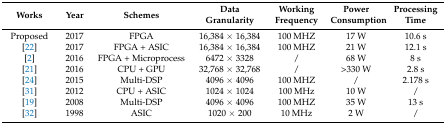
<table><thead><tr><td><b>Works</b></td><td><b>Year</b></td><td><b>Schemes</b></td><td><b>Data Granularity</b></td><td><b>Working Frequency</b></td><td><b>Power Consumption</b></td><td><b>Processing Time</b></td></tr></thead><tbody><tr><td>Proposed</td><td>2017</td><td>FPGA</td><td>16,384 × 16,384</td><td>100 MHZ</td><td>17 W</td><td>10.6 s</td></tr><tr><td>[22]</td><td>2017</td><td>FPGA + ASIC</td><td>16,384 × 16,384</td><td>100 MHZ</td><td>21 W</td><td>12.1 s</td></tr><tr><td>[2]</td><td>2016</td><td>FPGA + Microprocess</td><td>6472 × 3328</td><td>/</td><td>68 W</td><td>8 s</td></tr><tr><td>[21]</td><td>2016</td><td>CPU + GPU</td><td>32,768 × 32,768</td><td>/</td><td>&gt;330 W</td><td>2.8 s</td></tr><tr><td>[24]</td><td>2015</td><td>Multi-DSP</td><td>4096 × 4096</td><td>100 MHZ</td><td>/</td><td>2.178 s</td></tr><tr><td>[31]</td><td>2012</td><td>CPU + ASIC</td><td>1024 × 1024</td><td>100 MHz</td><td>10 W</td><td>/</td></tr><tr><td>[19]</td><td>2008</td><td>Multi-DSP</td><td>4096 × 4096</td><td>100 MHZ</td><td>35 W</td><td>13 s</td></tr><tr><td>[32]</td><td>1998</td><td>ASIC</td><td>1020 × 200</td><td>10 MHz</td><td>2 W</td><td>/</td></tr></tbody></table>